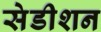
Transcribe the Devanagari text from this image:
सेडीशन